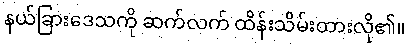
နယ်ခြားဒေသကို ဆက်လက် ထိန်းသိမ်းထားလို၏။